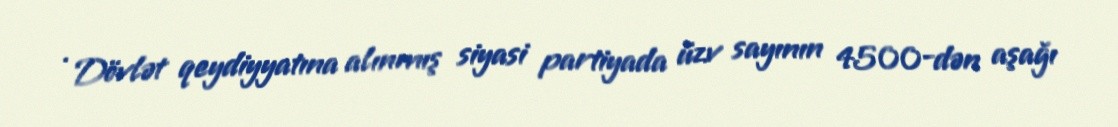
· Dövlət qeydiyyatına alınmış siyasi partiyada üzv sayının 4500-dən aşağı